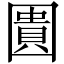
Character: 圚